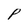
Character: P